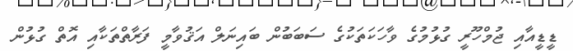
ޑީޑީއާއި ޖުމްހޫރީ ގުޅުމުގެ ވާހަކަތަކުގެ ސަބަބުން ބައިނަލް އަޤުވާމީ ފަރާތްތަކާއި އޮތް ގުޅުން